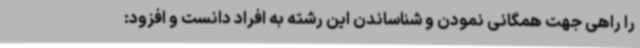
را راهی جهت همگانی نمودن و شناساندن این رشته به افراد دانست و افزود: